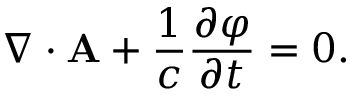
\nabla \cdot { \mathbf { A } } + { \frac { 1 } { c } } { \frac { \partial \varphi } { \partial t } } = 0 .